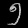
Digit: ၅